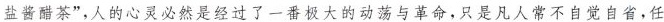
盐酱醋茶”人的心灵必然是经过了一番极大的动荡与革命。只是凡人常不自觉白省，任